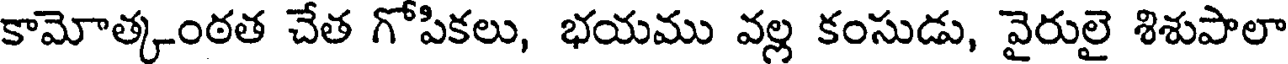
కామోత్కంఠత చేత గోపికలు, భయము వల్ల కంసుడు, వైరులై శిశుపాలా